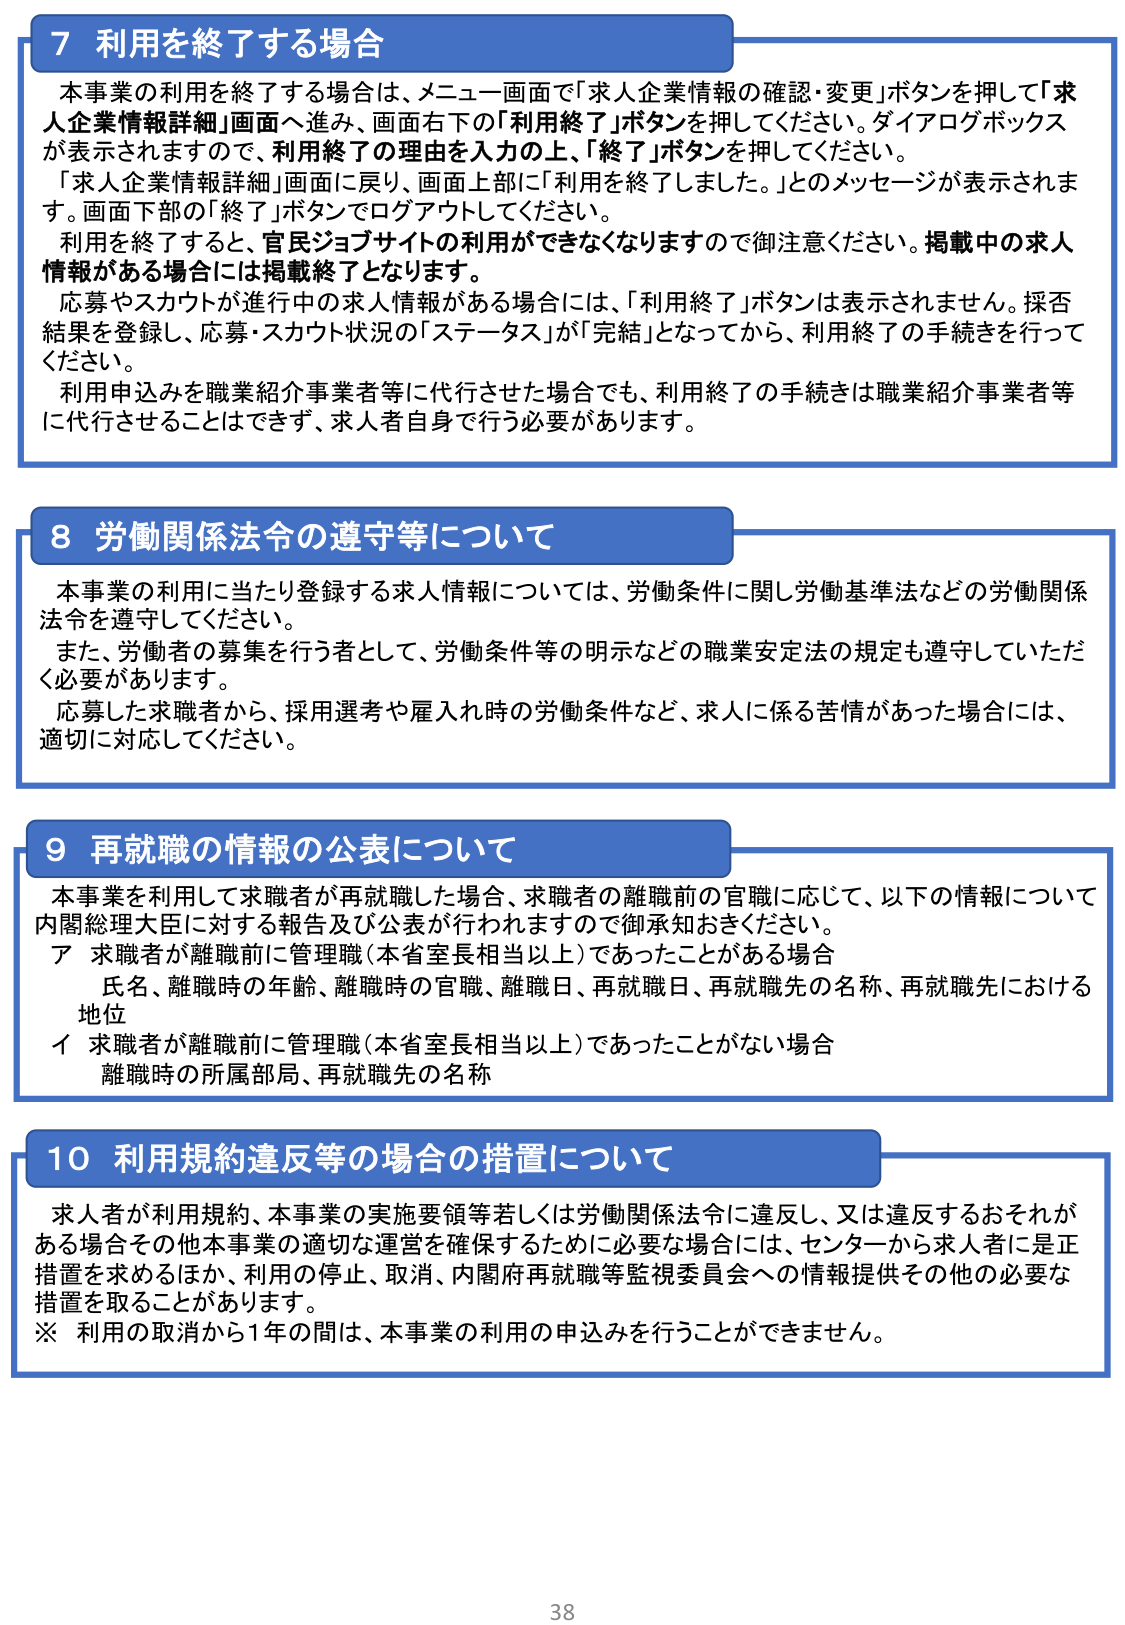
7 利用を終了する場合
本事業の利用を終了する場合は、メニュー画面で「求人企業情報の確認・変更」ボタンを押して「求人企業情報詳細」画面へ進み、画面右下の「利用終了」ボタンを押してください。ダイアログボックスが表示されますので、利用終了の理由を入力の上、「終了」ボタンを押してください。
「求人企業情報詳細」画面に戻り、画面上部に「利用を終了しました。」とのメッセージが表示されます。画面下部の「終了」ボタンでログアウトしてください。
利用を終了すると、官民ジョブサイトの利用ができなくなりますので御注意ください。掲載中の求人情報がある場合には掲載終了となります。
応募やスカウトが進行中の求人情報がある場合には、「利用終了」ボタンは表示されません。採否結果を登録し、応募・スカウト状況の「ステータス」が「完結」となってから、利用終了の手続きを行ってください。
利用申込みを職業紹介事業者等に代行させた場合でも、利用終了の手続きは職業紹介事業者等に代行させることはできず、求人者自身で行う必要があります。

8 労働関係法令の遵守等について
本事業の利用に当たり登録する求人情報については、労働条件に関し労働基準法などの労働関係法令を遵守してください。
また、労働者の募集を行う者として、労働条件等の明示などの職業安定法の規定も遵守していただく必要があります。
応募した求職者から、採用選考や雇入れ時の労働条件など、求人に係る苦情があった場合には、適切に対応してください。

9 再就職の情報の公表について
本事業を利用して求職者が再就職した場合、求職者の離職前の官職に応じて、以下の情報について内閣総理大臣に対する報告及び公表が行われますので御承知おきください。
ア 求職者が離職前に管理職（本省室長相当以上）であったことがある場合
氏名、離職時の年齢、離職時の官職、離職日、再就職日、再就職先の名称、再就職先における地位
イ 求職者が離職前に管理職（本省室長相当以上）であったことがない場合
離職時の所属部局、再就職先の名称

10 利用規約違反等の場合の措置について
求人者が利用規約、本事業の実施要領等若しくは労働関係法令に違反し、又は違反するおそれがある場合その他本事業の適切な運営を確保するために必要な場合には、センターから求人者に是正措置を求めるほか、利用の停止、取消、内閣府再就職等監視委員会への情報提供その他の必要な措置を取ることがあります。
※ 利用の取消から1年の間は、本事業の利用の申込みを行うことができません。

38